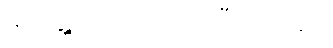
မတွေ့ကြရတာ ကြာပြီလေကွာ။